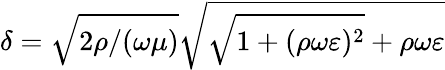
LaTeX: \delta=\sqrt{2\rho/(\omega\mu)}\sqrt{\sqrt{1+(\rho\omega\varepsilon)^{2}}+\rho\omega\varepsilon}